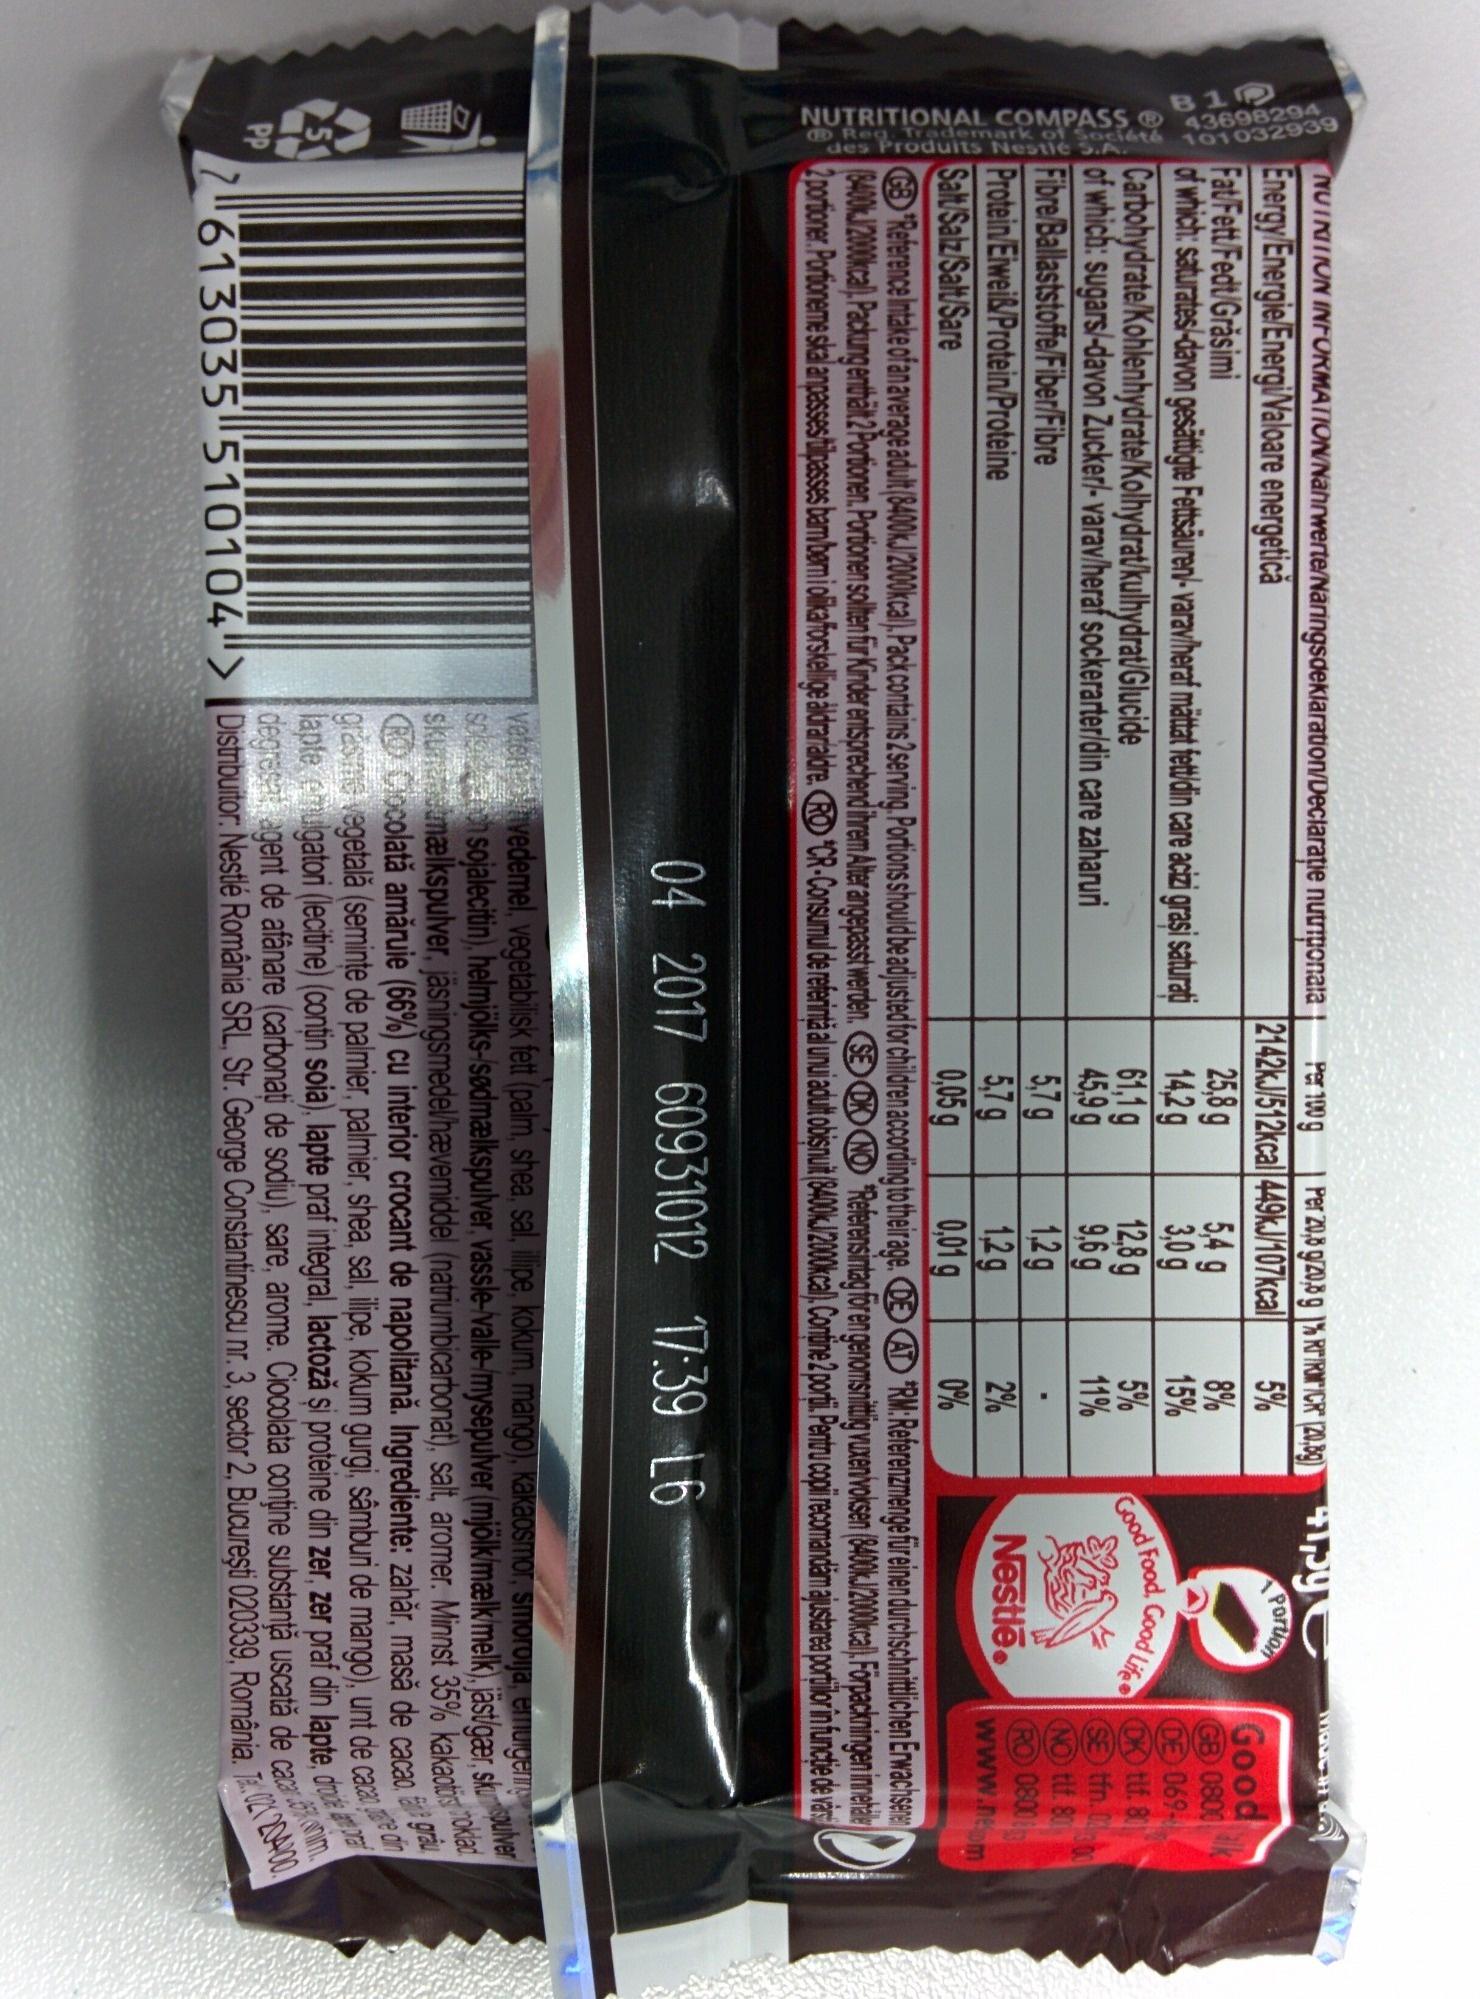
NUTRITIONAL COMPASS Ⓡ
Req Trademark of Société 43698239
des Produits
OTS
Nestlé S.A.
PP
NUTRITION INFORMATION/Nährwerte/Naringsdeklaration/Declarație nutritionala Energy/Energie/Energi/Valoare energetică
Fat/Fett/Fedt/Grăsimi
of which: saturates/-davon gesättigte Fettsäuren/-varavilheraf mättat fett/din care acizi graşi saturati Carbohydrate/Kohlenhydrate/Kolhydrat/kulhydrat/Glucide
Per 100 g Per 20,8 9/20,8 g 1% RT/RM/CR" (20,389) 41,59 2142kJ/512kcal 449kJ/107kcal 5%
25,8 g
14,2 g
61,1 g
45,9 g
5,7 g
5,7 g
0,05 g
5,4 g
95
3,0g
12,8 g
9,6 g
666
8%
15%
5%
11%
Portion
2%
0%
Good Food, Good Life
MOSCH
Nestlē
of which: sugars/-davon Zucker/-varav/heraf sockerarter/din care zaharuri
1,2g
Fibre/Ballaststoffe/Fiber/Fibre Protein/Eiweiß/Protein/Proteine Salt/Salz/Salt/Sare
1,2g
0,01 g
A'RM:Referenzmenge für einen durchschnittlichen Erwachsenen
"Reference Intake of an average adult (8400kJ/2000kcal), Pack contains 2 serving. Portions should be adjusted for children according to their age. (8400kJ/2000kcal),
Packung enthält 2 Portionen. Portionen sollten für Kinder entsprechend ihrem Alter angepasst werden. SED NO Referensintag för en genomsnittlig vuxen/voksen (8400kJ/2000kcal), Förpackningen innehale 2 portioner. Portioneme skal anpasses tilpasses bamber i olika forskellige aldrarialdre. RODCR-Consumul de referință al unui adult obisnuit (8400kJ/2000kcal), Contine 2 portii. Pentru copii recomandăm ajustarea portilor in functie de vars
04 2017 60931012 17:39 L6
Good
GB 0800 DE 069DK tlf. 8 SE tfn. (NO tlf. 80 ⓇO 0800
www.nom
04/300
vetene hvedemel, vegetabilisk fett (palm, shea, sal, illipe, kokum, mango), kakaosmor, smorolja, emulgering soleeron sojalecitin), helmjölks-/sødmælkspulver, vassle-valle-/mysepulver (mjölk/mælk/melk), jästgær, skuver skursmælkspulver, jäsningsmedel/hævemiddel (natriumbicarbonat), salt, aromer. Minnst 35% kakaotis
noklad
CRO Ciocolată amăruie (66%) cu interior crocant de napolitană. Ingrediente: zahăr, masă de cacao, grau
grasime vegetală (seminte de palmier, palmier, shea, sal, ilipe, kokum gurgi, sâmburi de mango), unt de cacao
lapte emulgatori (lecitine) (contin soia), lapte praf integral, lactoză și proteine din zer, zer praf din lapte, doda degresat agent de afânare (carbonati de sodiu), sare, arome. Ciocolata conţine substanţă uscată de cacarim. 7613035 510104"> Distribuitor: Nestlé România SRL, Str. George Constantinescu nr. 3, sector 2, Bucureşti 020339, România, 0220400
die din